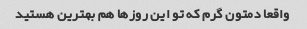
واقعا دمتون گرم که تو این روزها هم بهترین هستید